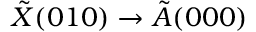
\tilde { X } ( 0 1 0 ) \rightarrow \tilde { A } ( 0 0 0 )